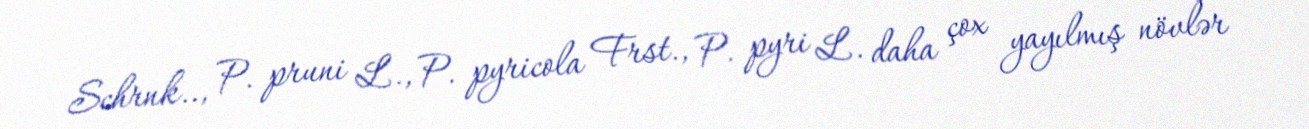
Schrnk.., P. pruni L., P. pyricola Frst., P. pyri L. daha çox yayılmış növlər